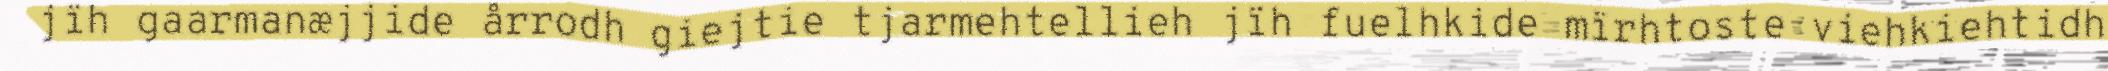
jïh gaarmanæjjide årrodh giejtie tjarmehtellieh jïh fuelhkide mïrhtoste viehkiehtidh